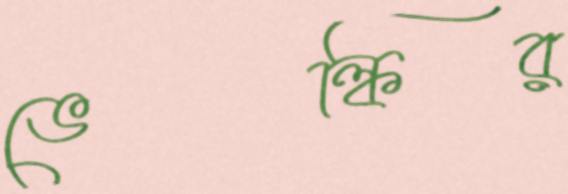
ভেল্কির